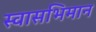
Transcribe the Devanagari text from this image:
स्वासभिमान